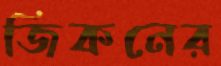
জিকনের